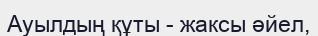
Ауылдың құты - жаксы әйел,